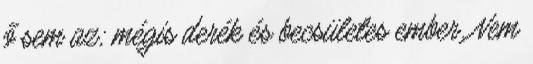
ő sem az; mégis derék és becsületes ember. Nem